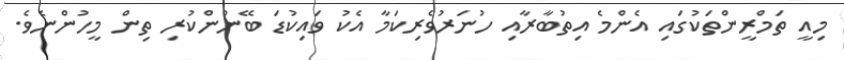
މިއީ ތަމްރީންތަކުގައި އެންމެ އިތުބާރާއި ހުނަރުވެރިކަމާ އެކު ވައިކުޑަ ބޭނުންކުރި ތިން މީހުންނެވެ.